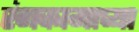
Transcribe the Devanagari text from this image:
रंगकामाच्या